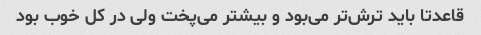
قاعدتا باید ترش‌تر می‌بود و بیشتر می‌پخت ولی در کل خوب بود